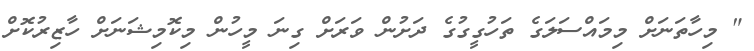
" މިހާތަނަށް މިމައްސަލަގެ ތަހުގީގުގެ ދަށުން ވަރަށް ގިނަ މީހުން މިކޮމިޝަނަށް ހާޒިރުކޮށް